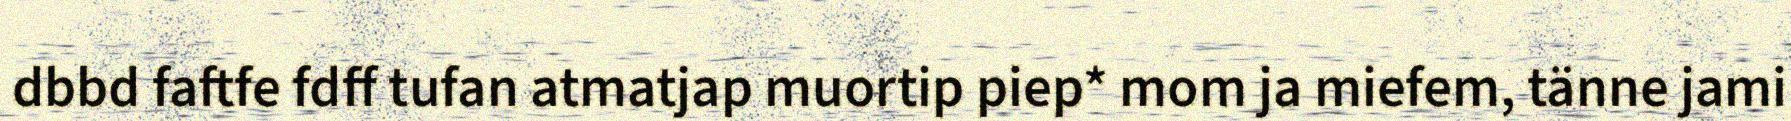
dbbd faftfe fdff tufan atmatjap muortip piep* mom ja miefem, tänne jami